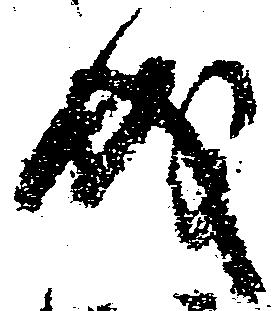
成